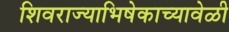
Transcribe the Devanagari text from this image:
शिवराज्याभिषेकाच्यावेळी